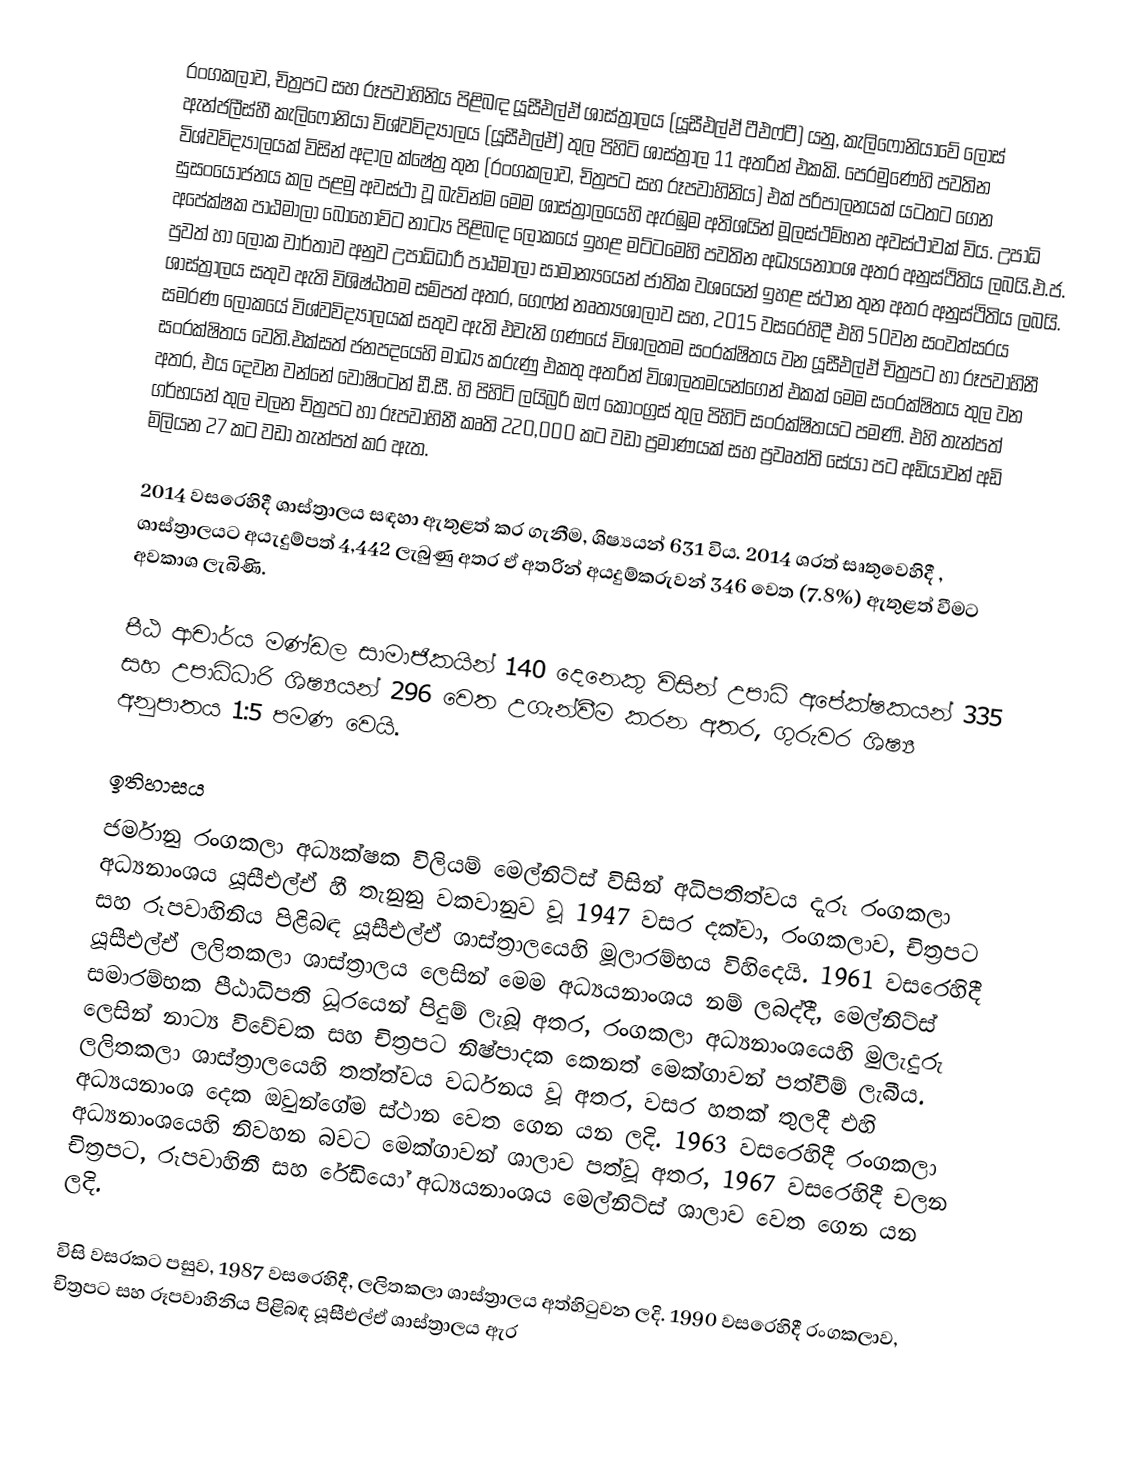
රංගකලාව, චිත්‍රපට සහ රූපවාහිනිය පිළිබඳ යූසීඑල්ඒ ශාස්ත්‍රාලය (යූසීඑල්ඒ ටීඑෆ්ටී) යනු, කැලිෆෝනියාවේ ලොස් ඇන්ජලීස්හී කැලිෆෝනියා විශ්වවිද්‍යාලය (යූසීඑල්ඒ) තුල පිහිටි ශාස්ත්‍රාල 11 අතරින් එකකි. පෙරමුණෙහි පවතින විශ්වවිද්‍යාලයක් විසින් අදාල ක්ෂේත්‍ර තුන (රංගකලාව, චිත්‍රපට සහ රූපවාහිනිය) එක් පරිපාලනයක් යටතට ගෙන සුසංයෝජනය කල  පළමු අවස්ථා වූ බැවින්ම මෙම ශාස්ත්‍රාලයෙහි ඇරඹුම අතිශයින් මූලස්ථම්භන අවස්ථාවක් විය. උපාධි අපේක්ෂක පාඨමාලා බොහෝවිට නාට්‍ය පිළිබඳ ලෝකයේ ඉහළ මට්ටමෙහි පවතින අධ්‍යයනාංශ අතර අනුස්ථිතිය ලබයි.එ.ජ. පුවත් හා ලෝක වාර්තාව අනුව උපාධිධාරී පාඨමාලා සාමාන්‍යයෙන් ජාතික වශයෙන් ඉහළ ස්ථාන තුන අතර අනුස්ථිතිය ලබයි.  ශාස්ත්‍රාලය සතුව ඇති විශිෂ්ඨතම සම්පත් අතර,  ගෙෆ්න් නෘත්‍යශාලාව සහ, 2015 වසරෙහිදී එහි 50වන සංවත්සරය සමරණ ලෝකයේ විශ්වවිද්‍යාලයක් සතුව ඇති එවැනි ගණයේ විශාලතම සංරක්ෂිතය වන  යූසීඑල්ඒ චිත්‍රපට හා රූපවාහිනී සංරක්ෂිතය වෙති.එක්සත් ජනපදයෙහි මාධ්‍ය කරුණු එකතු අතරින් විශාලතමයන්ගෙන් එකක් මෙම සංරක්ෂිතය තුල වන අතර, එය දෙවන වන්නේ  වොෂිංටන් ඩී.සී. හි පිහිටි ලයිබ්‍රරි ඔෆ් කොංග්‍රස් තුල පිහිටි සංරක්ෂිතයට පමණි.  එහි තැන්පත් ගර්භයන් තුල චලන චිත්‍රපට හා රූපවාහිනී කෘති   220,000 කට වඩා ප්‍රමාණයක් සහ  ප්‍රවෘත්ති සේයා පට අඩියාවන්  අඩි මිලියන 27 කට වඩා  තැන්පත් කර ඇත.

2014 වසරෙහිදී ශාස්ත්‍රාලය සඳහා ඇතුළත් කර ගැනීම, ශිෂ්‍යයන්  631 විය. 2014 ශරත් සෘතුවෙහිදී , ශාස්ත්‍රාලයට අයැදුම්පත් 4,442 ලැබුණු අතර ඒ අතරින් අයදුම්කරුවන් 346 වෙත (7.8%) ඇතුළත් වීමට අවකාශ ලැබිණි.

පීඨ ආචාර්ය මණ්ඩල සාමාජිකයින් 140 දෙනෙකු විසින් උපාධි අපේක්ෂකයන් 335 සහ උපාධිධාරි ශිෂ්‍යයන් 296 වෙත උගැන්වීම කරන අතර, ගුරුවර ශිෂ්‍ය අනුපාතය 1:5 පමණ වෙයි.

ඉතිහාසය
ජර්මානු රංගකලා අධ්‍යක්ෂක විලියම් මෙල්නිට්ස් විසින් අධිපතිත්වය දැරූ  රංගකලා අධ්‍යනාංශය යූසීඑල්ඒ හී  තැනුනු වකවානුව වූ   1947 වසර දක්වා, රංගකලාව, චිත්‍රපට සහ රූපවාහිනිය පිළිබඳ යූසීඑල්ඒ ශාස්ත්‍රාලයෙහි මූලාරම්භය විහිදෙයි. 1961 වසරෙහිදී යූසීඑල්ඒ ලලිතකලා ශාස්ත්‍රාලය ලෙසින් මෙම අධ්‍යයනාංශය නම් ලබද්දී, මෙල්නිට්ස් සමාරම්භක පීඨාධිපති ධූරයෙන් පිදුම් ලැබූ අතර,  රංගකලා අධ්‍යනාංශයෙහි  මුලැදුරු ලෙසින් නාට්‍ය විවේචක සහ චිත්‍රපට නිෂ්පාදක කෙනත් මෙක්ගාවන් පත්වීම් ලැබීය. ලලිතකලා ශාස්ත්‍රාලයෙහි තත්ත්වය වර්ධනය වූ අතර,  වසර හතක් තුලදී එහි  අධ්‍යයනාංශ දෙක ඔවුන්ගේම ස්ථාන වෙත ගෙන යන ලදි. 1963 වසරෙහිදී රංගකලා අධ්‍යනාංශයෙහි නිවහන බවට මෙක්ගාවන් ශාලාව පත්වූ අතර, 1967 වසරෙහිදී චලන චිත්‍රපට, රූපවාහිනී සහ රේඩියෝ අධ්‍යයනාංශය මෙල්නිට්ස් ශාලාව වෙත ගෙන යන ලදි.

විසි වසරකට පසුව, 1987 වසරෙහිදී, ලලිතකලා ශාස්ත්‍රාලය අත්හිටුවන ලදි. 1990 වසරෙහිදී රංගකලාව, චිත්‍රපට සහ රූපවාහිනිය පිළිබඳ යූසීඑල්ඒ ශාස්ත්‍රාලය ඇර